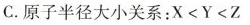
C.原子半径大小关系：X<Y<Z